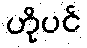
ဟိုပင်